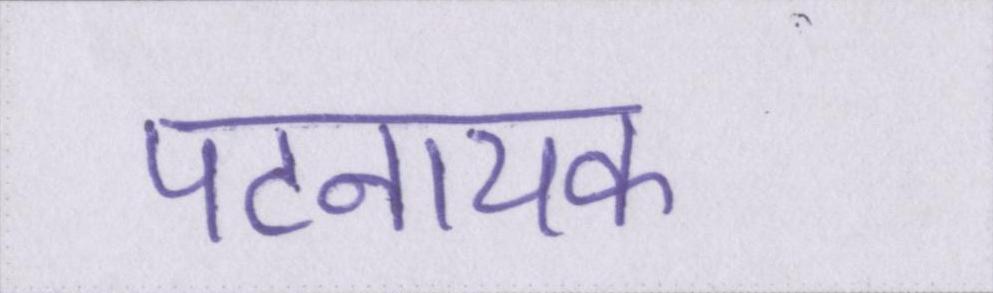
पटनायक